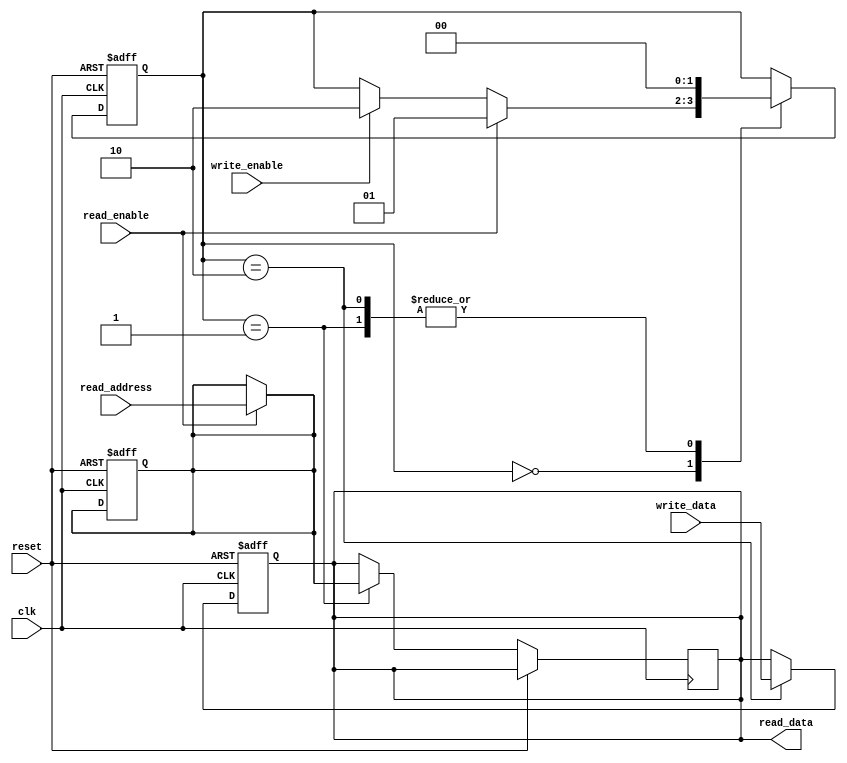
module DRAM(
    input wire clk,
    input wire reset,
    input wire read_enable,
    input wire write_enable,
    input wire [7:0] write_data,
    input wire [7:0] read_address,
    output reg [7:0] read_data
);

// State definitions
parameter IDLE = 2'b00;
parameter READ = 2'b01;
parameter WRITE = 2'b10;

// Registers
reg [7:0] address_reg;
reg [7:0] data_reg;

// State register
reg [1:0] state;

always @ (posedge clk or posedge reset) begin
    if (reset) begin
        state <= IDLE;
        address_reg <= 8'd0;
        data_reg <= 8'd0;
    end else begin
        case (state)
            IDLE: begin
                if (read_enable) begin
                    state <= READ;
                end else if (write_enable) begin
                    state <= WRITE;
                end
            end
            READ: begin
                read_data <= address_reg; // Simulating read operation
                state <= IDLE;
            end
            WRITE: begin
                data_reg <= write_data;
                state <= IDLE;
            end
        endcase
    end
end

// Decoder
assign address_reg = read_enable ? read_address : address_reg;
assign read_data = data_reg;

endmodule